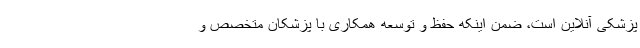
پزشکی آنلاین است، ضمن اینکه حفظ و توسعه همکاری‌ با پزشکان متخصص و